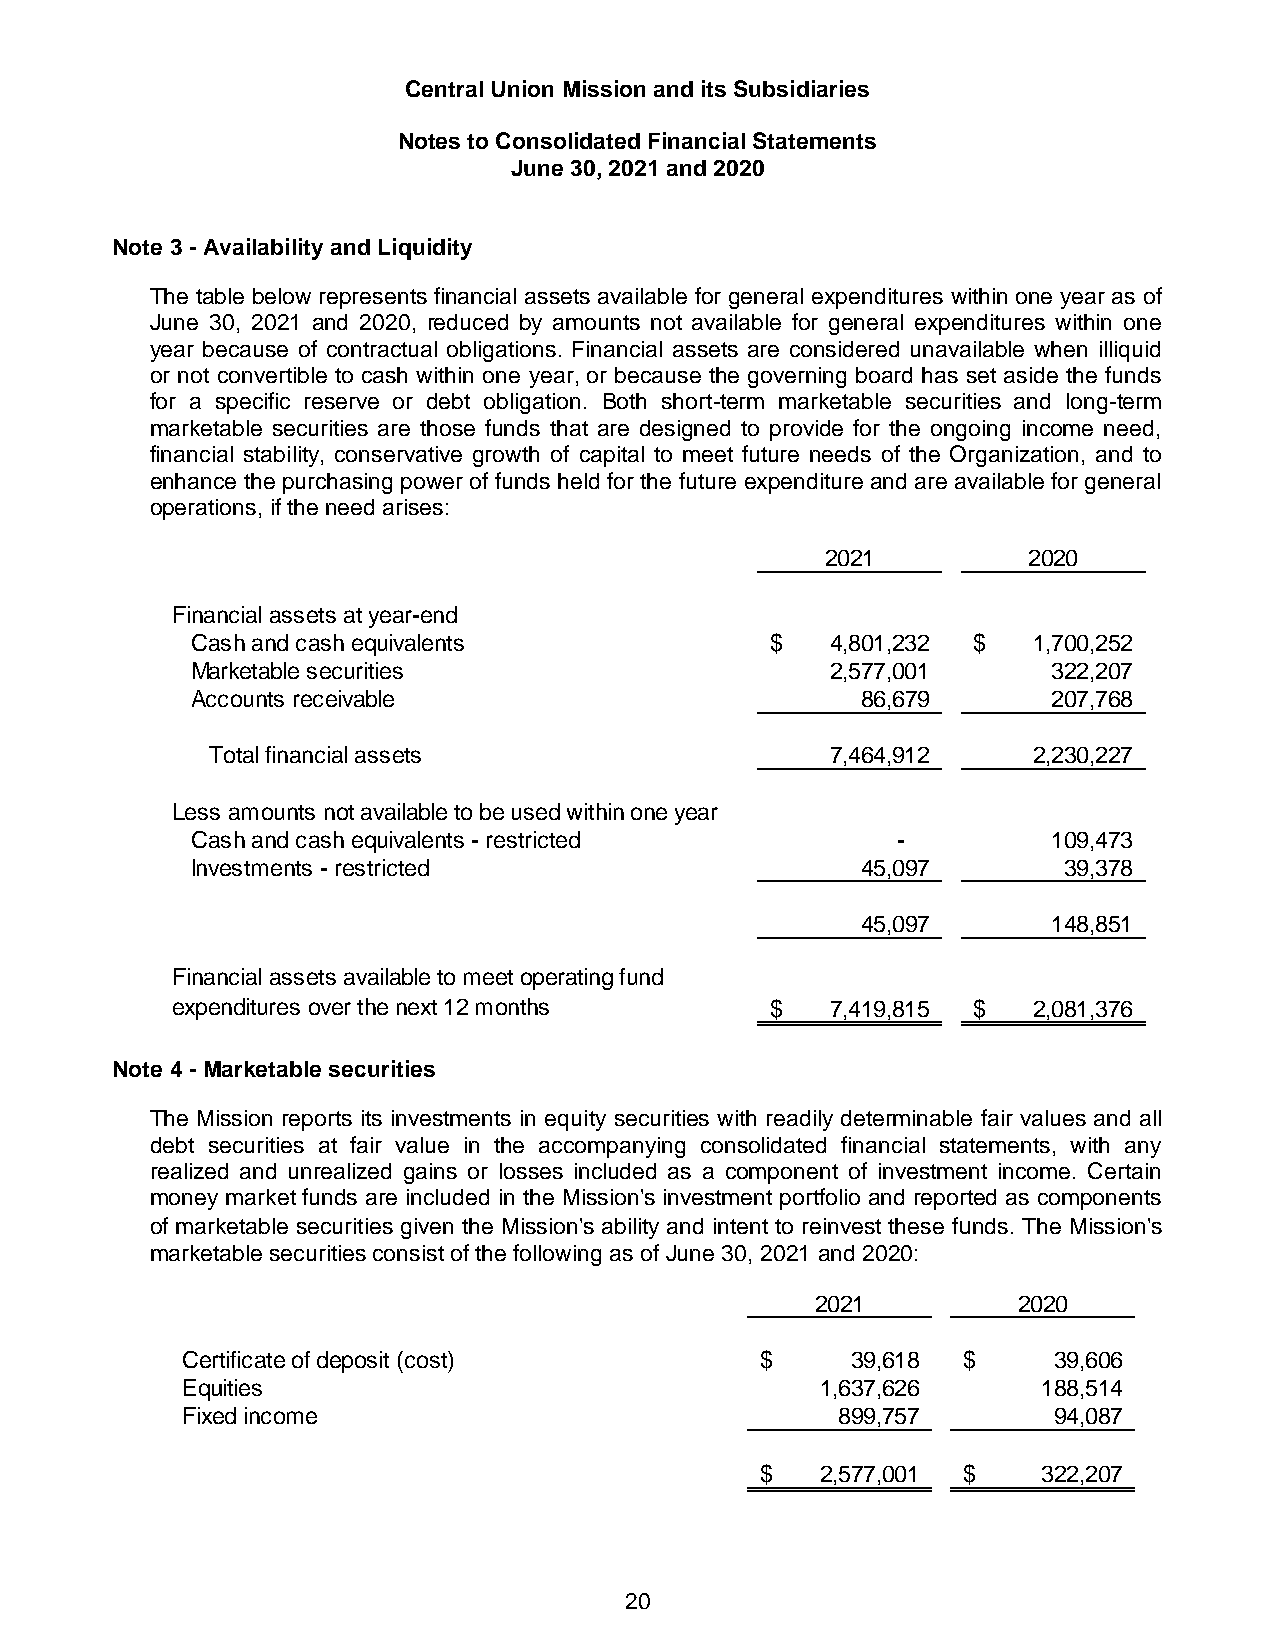
Central Union Mission and its Subsidiaries
 Notes to Consolidated Financial Statements
 June 30, 2021 and 2020
 Note 3 - Availability and Liquidity
 The table below represents financial assets available for general expenditures within one year as of
 June 30, 2021 and 2020, reduced by amounts not available for general expenditures within one
 year because of contractual obligations. Financial assets are considered unavailable when illiquid
 or not convertible to cash within one year, or because the governing board has set aside the funds
 for a specific reserve or debt obligation. Both short-term marketable securities and long-term
 marketable securities are those funds that are designed to provide for the ongoing income need,
 financial stability, conservative growth of capital to meet future needs of the Organization, and to
 enhance the purchasing power of funds held for the future expenditure and are available for general
 operations, if the need arises:
 2021         2020
 Financial assets at year-end
 Cash and cash equivalents             $   4,801,232 $  1,700,252
 Marketable securities                     2,577,001      322,207
 Accounts receivable                         86,679       207,768
 Total financial assets                   7,464,912    2,230,227
 Less amounts not available to be used within one year
 Cash and cash equivalents - restricted        -          109,473
 Investments - restricted                    45,097       39,378
 45,097       148,851
 Financial assets available to meet operating fund
 expenditures over the next 12 months    $   7,419,815 $  2,081,376
 Note 4 - Marketable securities
 The Mission reports its investments in equity securities with readily determinable fair values and all
 debt securities at fair value in the accompanying consolidated financial statements, with any
 realized and unrealized gains or losses included as a component of investment income. Certain
 money market funds are included in the Mission's investment portfolio and reported as components
 of marketable securities given the Mission's ability and intent to reinvest these funds. The Mission's
 marketable securities consist of the following as of June 30, 2021 and 2020:
 2021         2020
 Certificate of deposit (cost)         $     39,618  $     39,606
 Equities                                  1,637,626      188,514
 Fixed income                                899,757       94,087
 $   2,577,001 $    322,207
 20